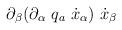
LaTeX: \begin{align*}\partial_\beta (\partial_\alpha\ q_a\ \dot x_\alpha )\ \dot x_\beta\end{align*}